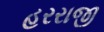
હરરાજી